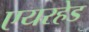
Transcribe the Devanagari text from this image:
एयरहेड